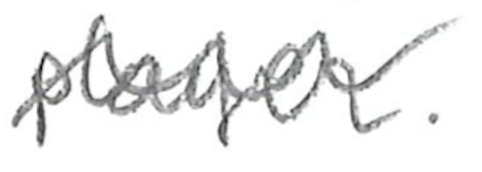
Text: player.
Cross-out: wave
Writing tool: pencil